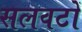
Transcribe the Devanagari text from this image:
सलवटों